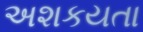
અશકયતા